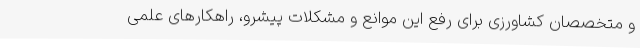
و متخصصان کشاورزی برای رفع این موانع و مشکلات پیشرو، راهکارهای علمی